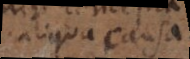
aliqua causa.